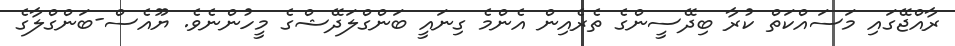
ރާއްޖޭގައި މަސައްކަތް ކުރާ ބިދޭސީންގެ ތެރެއިން އެންމެ ގިނައީ ބަންގްލަދޭޝްގެ މީހުންނެވެ. ޔޫއެސް-ބަންގްލާގެ